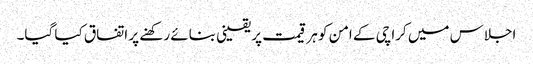
اجلاس میں کراچی کے امن کو ہر قیمت پر یقینی بنائے رکھنے پر اتفاق کیا گیا۔